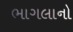
ભાગલાનો